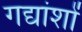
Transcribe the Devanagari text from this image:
गद्यांशों